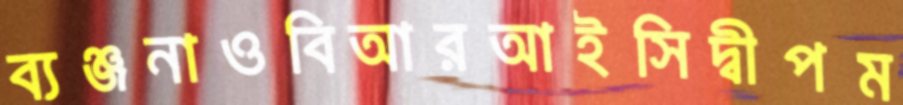
ব্যঞ্জনাওবিআরআইসিদ্বীপম